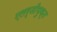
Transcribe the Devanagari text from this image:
एलर्जीयुक्त